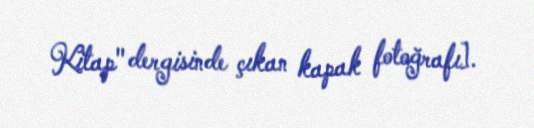
Kitap" dergisinde çıkan kapak fotoğrafı].